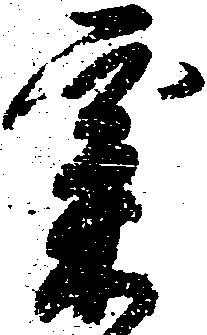
粟